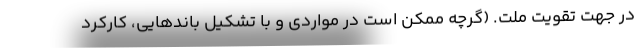
در جهت تقویت ملت. (گرچه ممکن است در مواردی و با تشکیل باندهایی، کارکرد